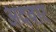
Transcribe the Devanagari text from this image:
अदवार